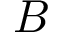
B